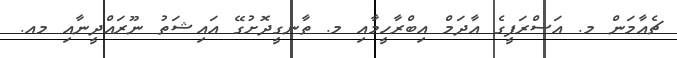
ޗެއާމަން މ. އަސްރަފީގެ އާދަމް އިބްރާހީމާއި މ. ތާނގީދޮށުގޭ އައިޝަތު ނޫރައްދީނާއި މއ.